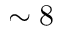
\sim 8